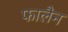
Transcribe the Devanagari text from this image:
फालैन